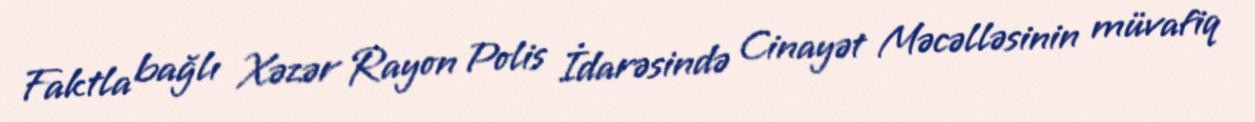
Faktla bağlı Xəzər Rayon Polis İdarəsində Cinayət Məcəlləsinin müvafiq